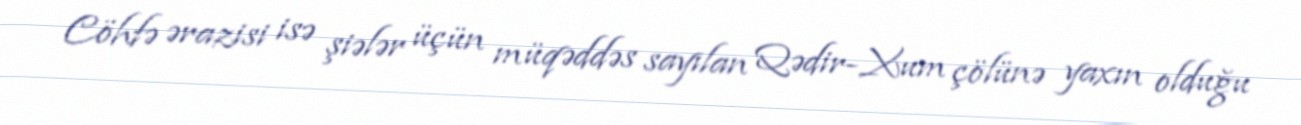
Cöhfə ərazisi isə şiələr üçün müqəddəs sayılan Qədir-Xum çölünə yaxın olduğu